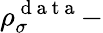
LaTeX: \rho_{\sigma}^{\mathrm{~d~a~t~a~}}-